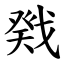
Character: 戣